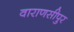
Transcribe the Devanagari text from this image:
वाराणसीपुर